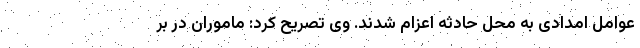
عوامل امدادی به محل حادثه اعزام شدند. وی تصریح کرد: ماموران در بر